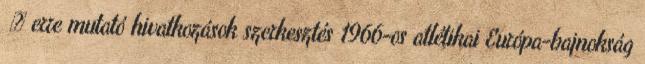
‎ ← erre mutató hivatkozások szerkesztés 1966-os atlétikai Európa-bajnokság